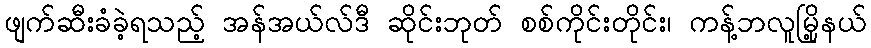
ဖျက်ဆီးခံခဲ့ရသည့် အန်အယ်လ်ဒီ ဆိုင်းဘုတ် စစ်ကိုင်းတိုင်း၊ ကန့်ဘလူမြို့နယ်